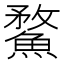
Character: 䱯